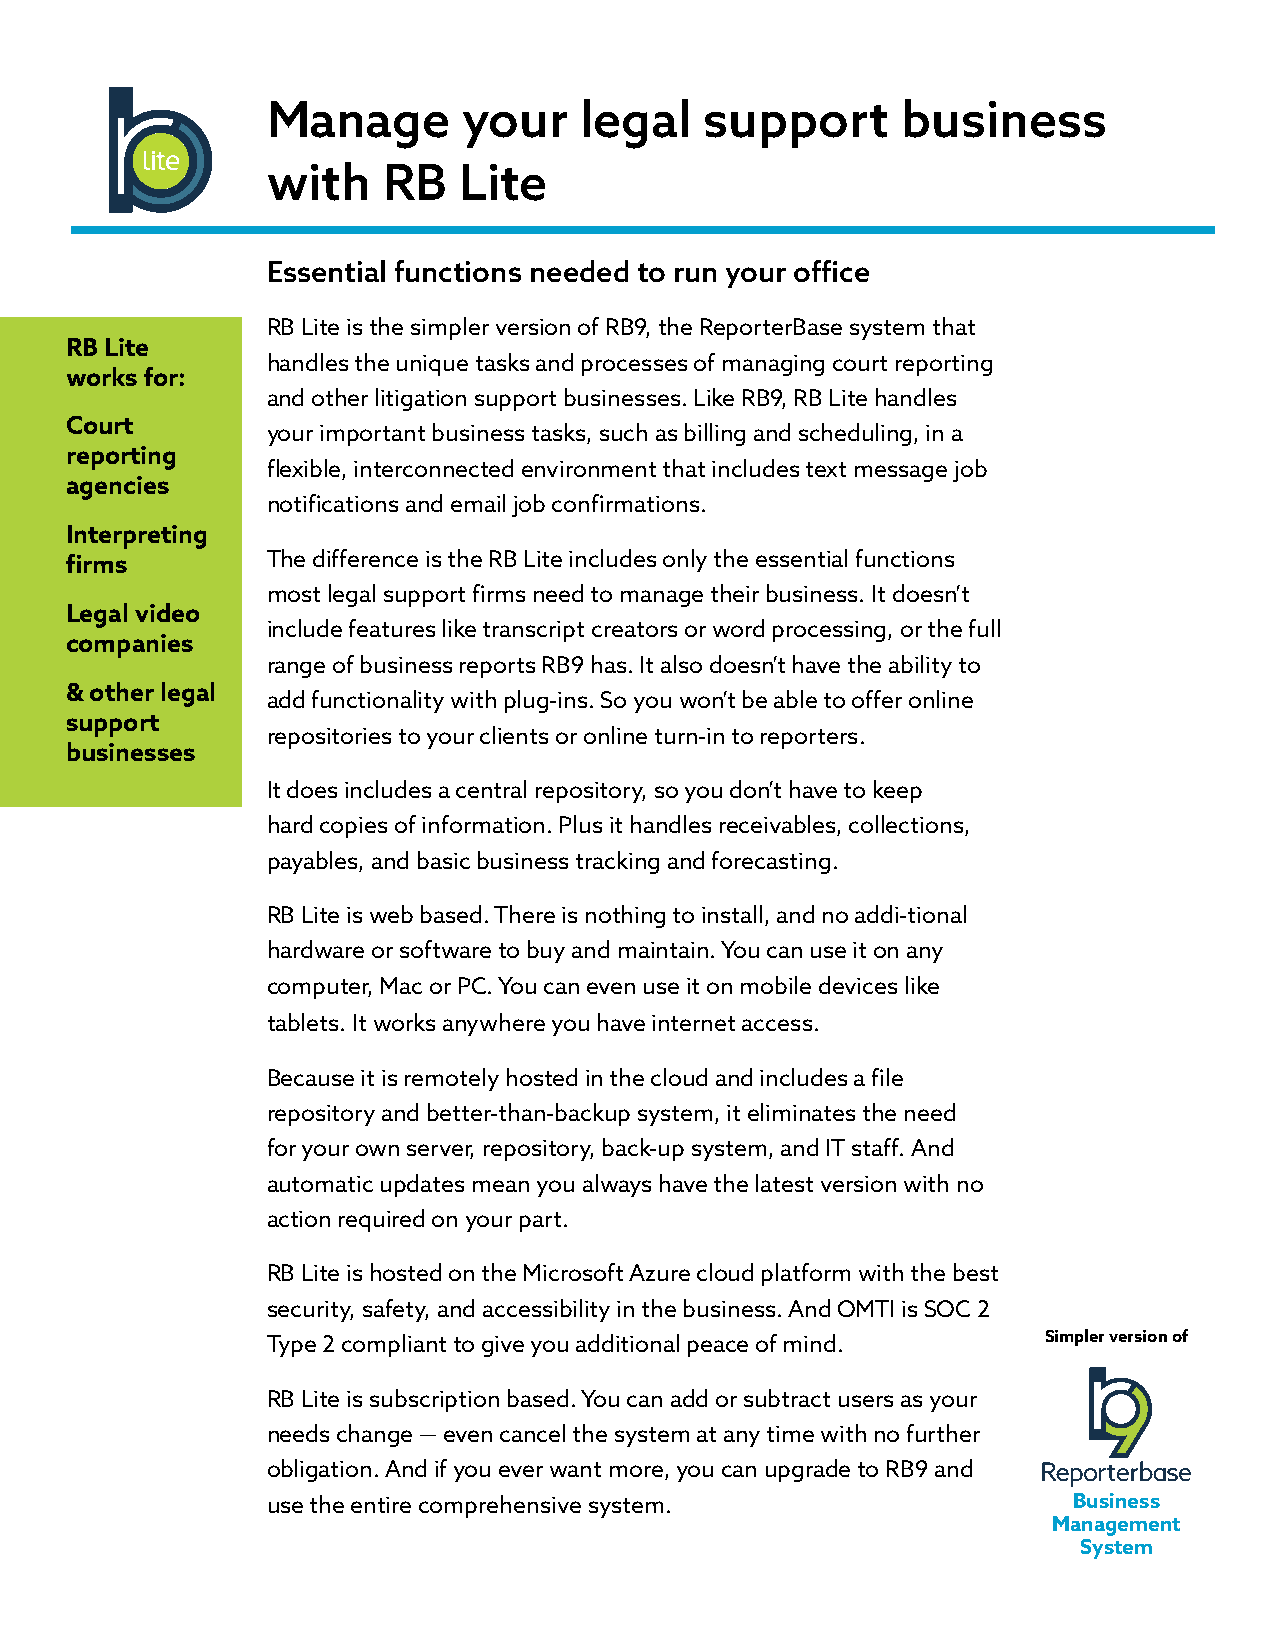
Manage       your   legal    support      business
 with   RB   Lite
 Essential functions needed to run your office
 RB Lite is the simpler version of RB9, the ReporterBase system that
 RB Lite
 handles the unique tasks and processes of managing court reporting
 works for:
 and other litigation support businesses. Like RB9, RB Lite handles
 Court
 your important business tasks, such as billing and scheduling, in a
 reporting
 flexible, interconnected environment that includes text message job
 agencies
 notifications and email job confirmations.
 Interpreting
 firms         The difference is the RB Lite includes only the essential functions
 most legal support firms need to manage their business. It doesn’t
 Legal video
 include features like transcript creators or word processing, or the full
 companies
 range of business reports RB9 has. It also doesn’t have the ability to
 & other legal
 add functionality with plug-ins. So you won’t be able to offer online
 support
 repositories to your clients or online turn-in to reporters.
 businesses
 It does includes a central repository, so you don’t have to keep
 hard copies of information. Plus it handles receivables, collections,
 payables, and basic business tracking and forecasting.
 RB Lite is web based. There is nothing to install, and no addi-tional
 hardware or software to buy and maintain. You can use it on any
 computer, Mac or PC. You can even use it on mobile devices like
 tablets. It works anywhere you have internet access.
 Because it is remotely hosted in the cloud and includes a file
 repository and better-than-backup system, it eliminates the need
 for your own server, repository, back-up system, and IT staff. And
 automatic updates mean you always have the latest version with no
 action required on your part.
 RB Lite is hosted on the Microsoft Azure cloud platform with the best
 security, safety, and accessibility in the business. And OMTI is SOC 2
 Type 2 compliant to give you additional peace of mind. Simpler version of
 RB Lite is subscription based. You can add or subtract users as your
 needs change — even cancel the system at any time with no further
 obligation. And if you ever want more, you can upgrade to RB9 and
 use the entire comprehensive system.                 Business
 Management
 System